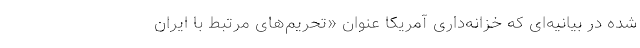
شده در بیانیه‌ای که خزانه‌داری آمریکا عنوان «تحریم‌های مرتبط با ایران